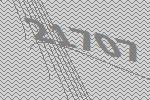
21707